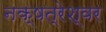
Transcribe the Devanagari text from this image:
नक्षत्रेश्वर